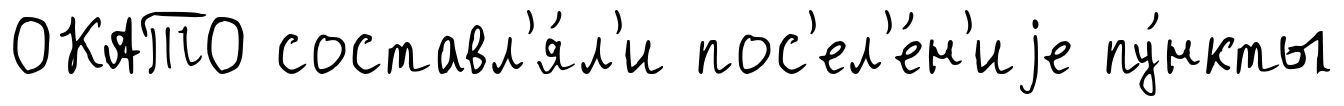
ОКАТО составл'я́л'и пос'ел'е́н'иjе пу́нкты